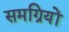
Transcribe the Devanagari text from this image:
समग्रियों